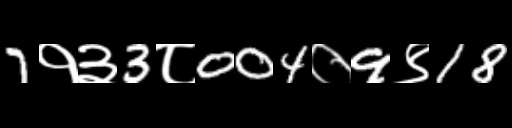
Text: 7१३3८004०9९18